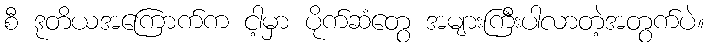
စီ ဒုတိယအကြောက်က ငါ့မှာ ပိုက်ဆံတွေ အများကြီးပါလာတဲ့အတွက်ပဲ။